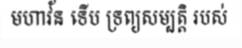
មហាវ័ន ទើប ទ្រព្យសម្បត្តិ របស់